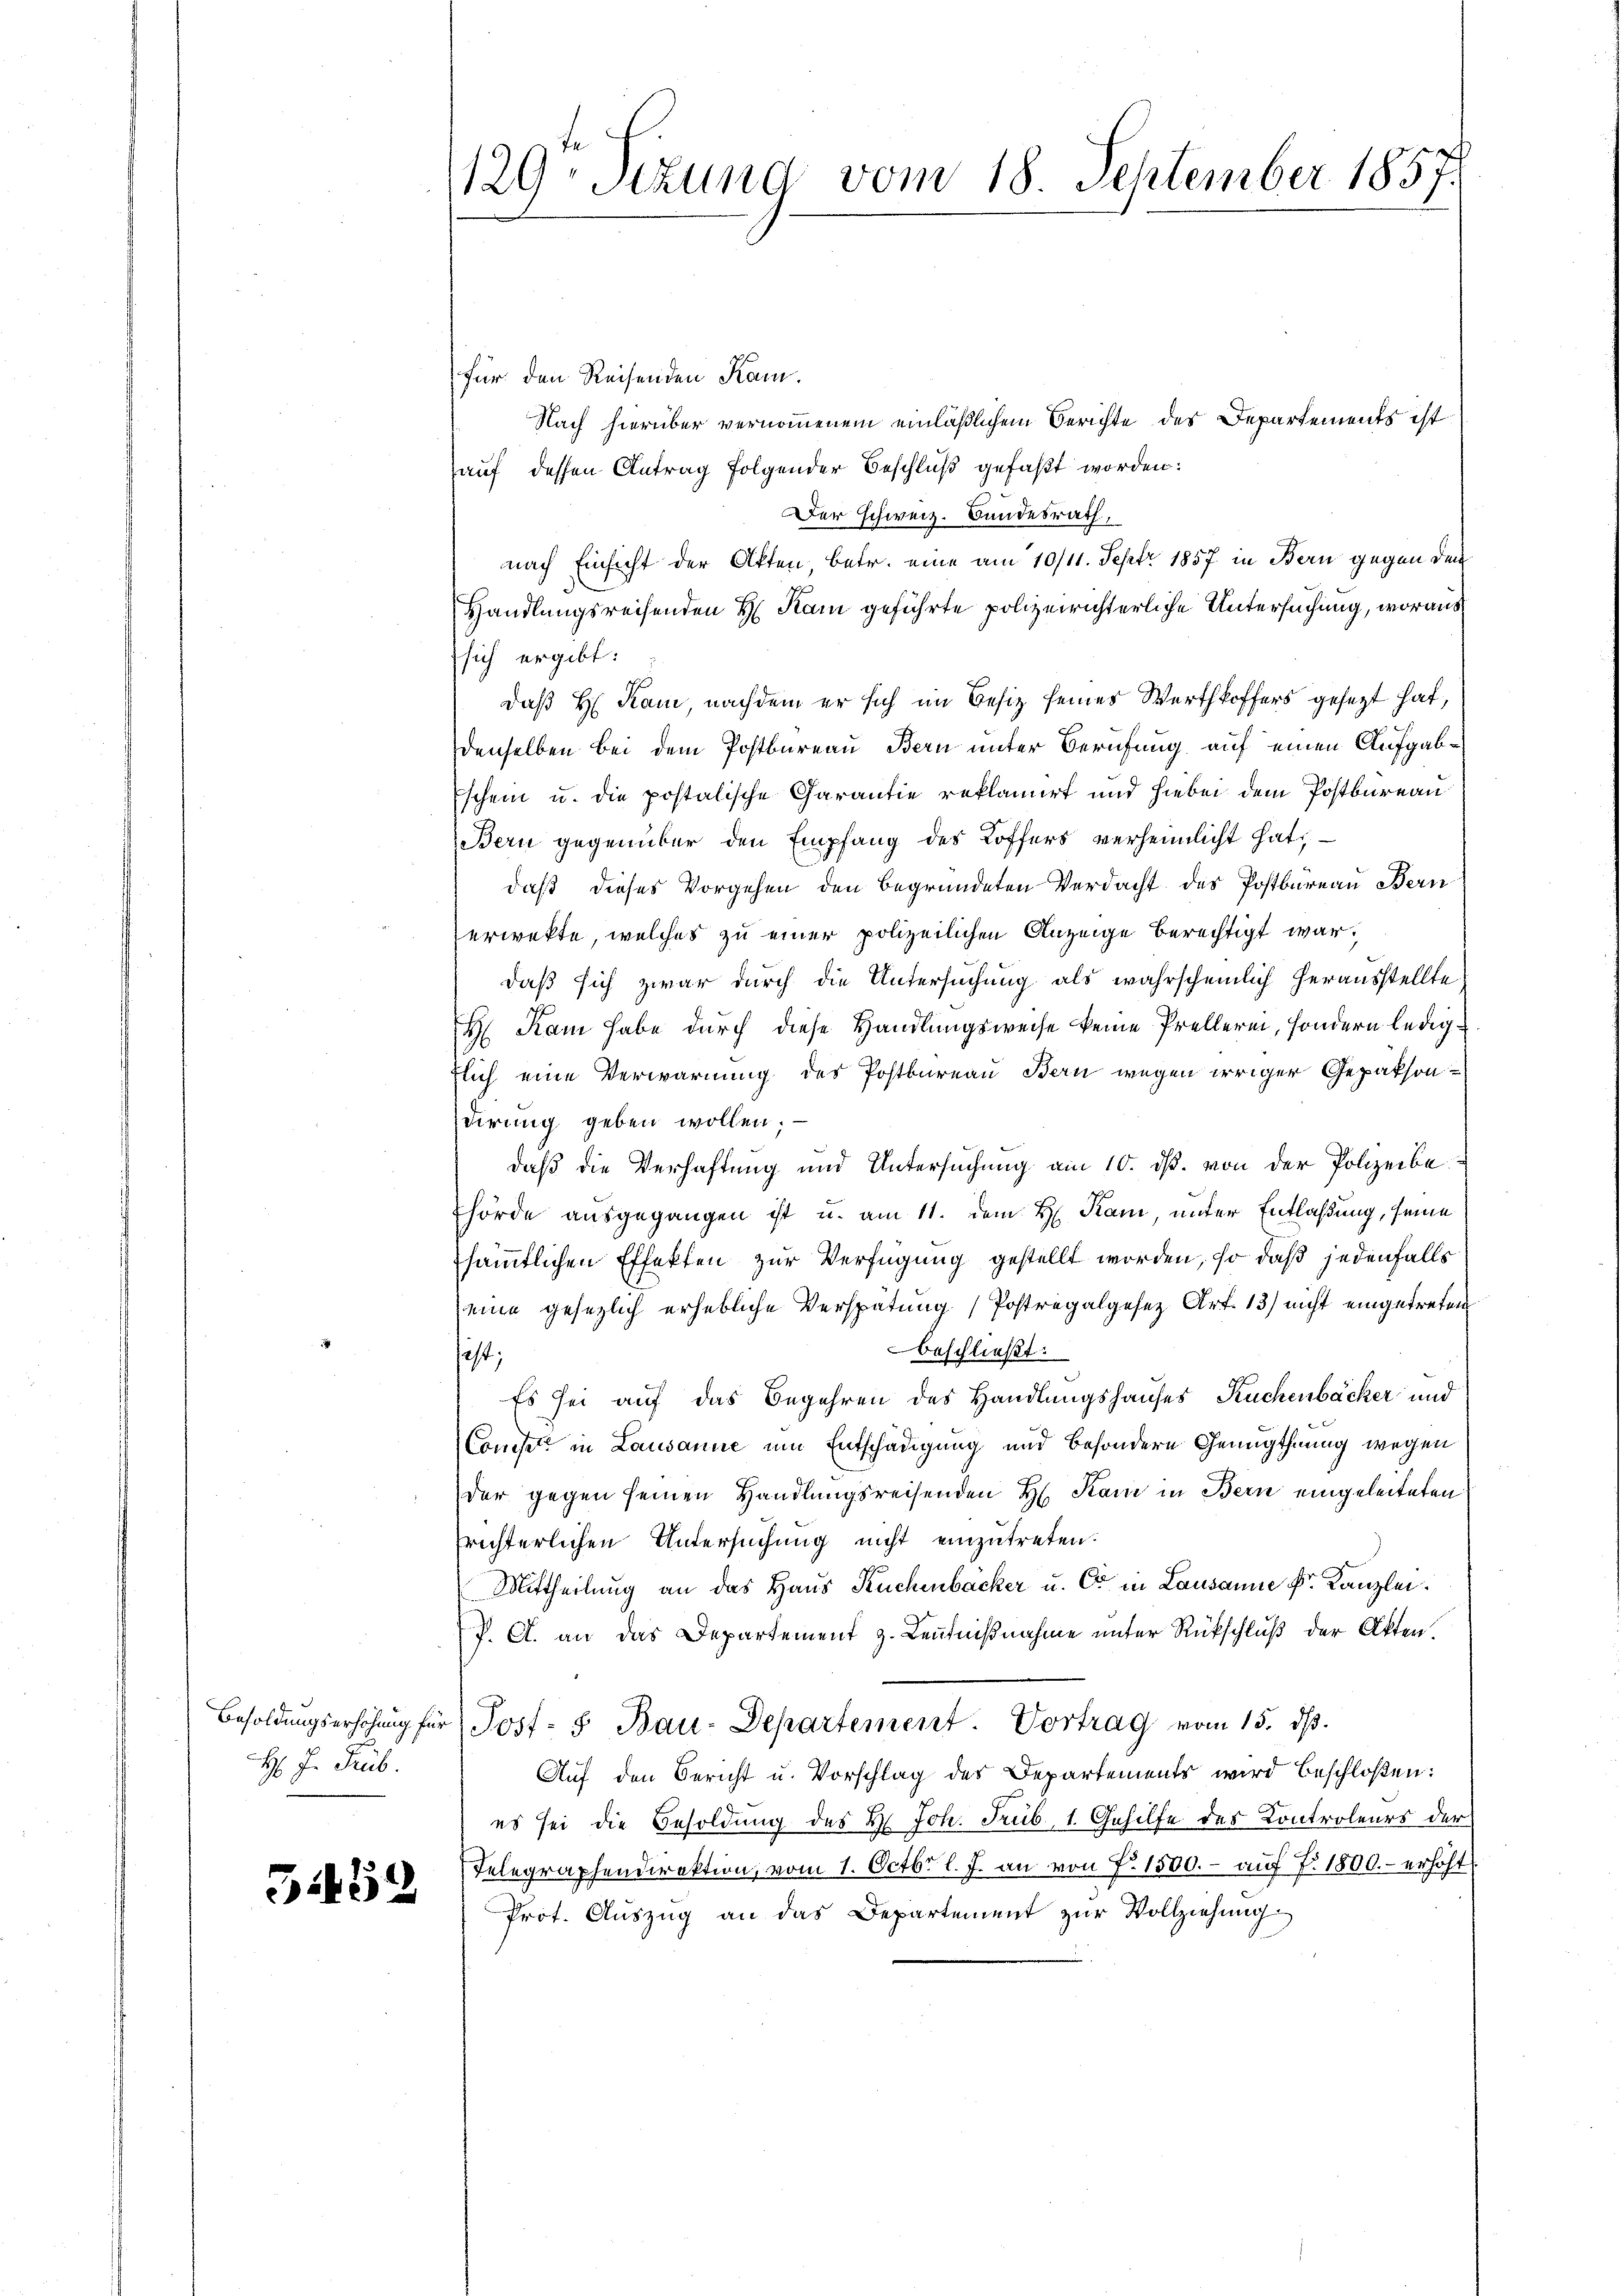
H. In Trub.

51452

129ten Sitzung vom 18. September 1857.

für den Reisenden Kam¬
Nach hierüber vernommenem einläßlichem Berichte des Departements ist
auf dessen Antrag folgender Beschluß gefaßt worden:
er schweiz. Bundesrath,
nach Einsicht der Akten, betr. eine am 10/11. Sept. 1857 in Bern gegen den
Handlungsreisenden H. Kam geführte polizeirichterliche Untersuchung, woraus
sich ergibt:
daß H. Kam, nachdem er sich im Besiz seines Werthkoffers gesezt hat,
denselben bei dem Postbureau Bern unter Berufung auf einen Aufgabschein u. die postalische Garantie reklamirt und hiebei dem Postbureau
Bern gegenüber den Empfang des Koffers verheimlicht hat,
daß dieses Vorgehen den begründeten Verdacht des Postbureau Bern
erwrekte, welches zu einer polizeilichen Anzeige berechtigt war,
daß sich zwar durch die Untersuchung als wahrscheinlich herausstellte
H. Kam habe durch diese Handlungsweise keine Prellerin, sondern ledigflich eine Verwarnung des Postbureau Bern wegen irriger Gepaksondirung geben wollen. —
daß die Verhaftung und Untersuchung am 10. ds. von der Polizeibe
hörde ausgegangen ist u. am 11. dem H. Kam, unter Entlaßung, seine
sämmtlichen Effekten zur Verfügung gestellt worden, so daß jedenfalls
eine gesezlich erhebliche Verspätung (Postregalgesetz Art. 13) nicht eingetreten
beschließt:
ist;
Es sei auf das Begehren des Handlungshauses Kuchenbäcker und
Const in Lausanne um Entschädigung und besondere Genugthuung wegen
der gegen seinen Handlungsreisenden H. Kam in Bern eingeleiteten
frichterlichen Untersuchung nicht einzutreten.
Mittheilung an das Haus Kuchenbacker u. C in Lausanne kr. Kanzlei.
P. A. an das Departement z. Kenntnißnahme unter Rückschluß der Akten.
Besoldŭngserhöhŭng für Post- 5. Bau-Departement. Vortrag vom 15. ds.
Auf den Bericht u. Vorschlag des Departements wird beschloßen:
es sei die Besoldung des H. Joh. Trub 1. Gehilfe des Kontroleurs der
Telegraphendirektion, vom 1. Octbr. l. J. an von F. 1500.- auf 7. 1800.- erhöht
Prot. Auszug an das Departement zur Vollziehung